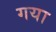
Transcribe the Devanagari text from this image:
गया